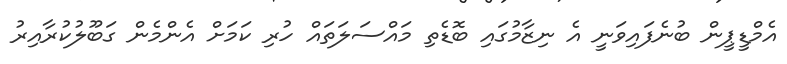
އެމްޑީޕީން ބުނެފައިވަނީ އެ ނިޒާމުގައި ބޮޑެތި މައްސަލަތައް ހުރި ކަމަށް އެންމެން ގަބޫލުކުރާއިރު